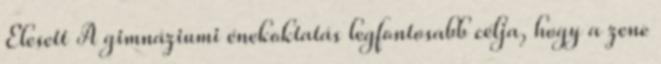
Elesett A gimnáziumi énekoktatás legfontosabb célja, hogy a zene